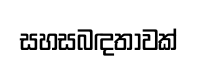
සහසබඳතාවක්